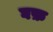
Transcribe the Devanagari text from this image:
घफ़